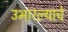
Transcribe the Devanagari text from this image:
उभारल्याचे